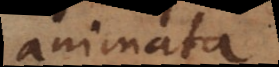
animata,